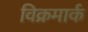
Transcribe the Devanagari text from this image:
विक्रमार्क